Scottish Leaving Certificate Examination, 1954
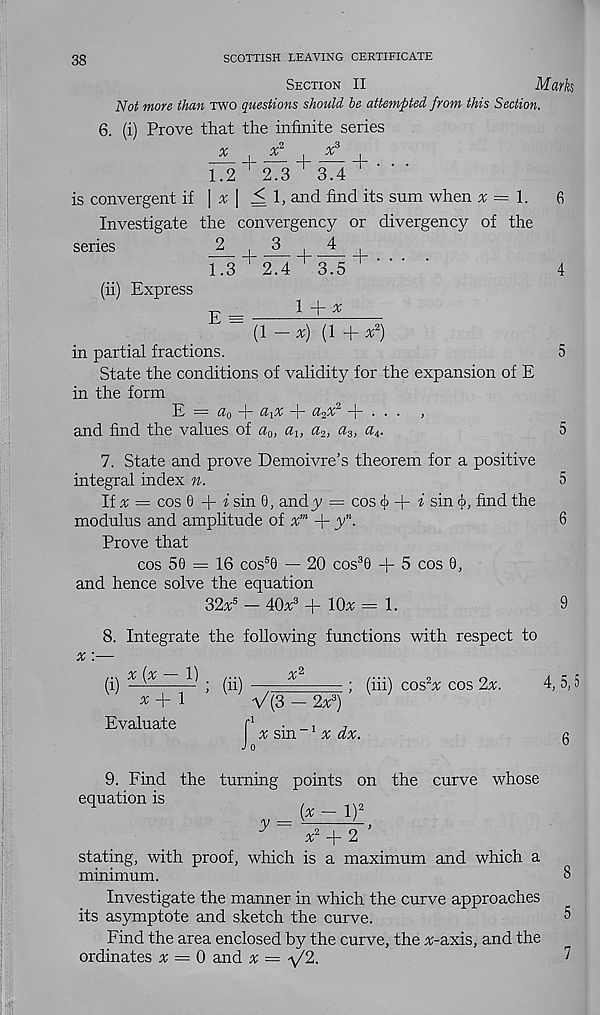
38
SCOTTISH LEAVING CERTIFICATE
Section II
Mark
Not more than two questions should he attempted from this Section.
6. (i) Prove that the infinite series
— + — + — +• • •
1.2
2.3
3.4
is convergent if \ x \ <1, and find its sum when x = l.
6
Investigate the convergency or divergency of the
series
_2
^ J3 ^ 4
1 3" r 24~r35”’’* *
4
(ii) Express
E =
1 + *
(1 — x) (1 + x 2 )
in partial fractions.
5
State the conditions of validity for the expansion of E
in the form
E
a 0 -|~ ci\X d - U2X 2 —j“ ... y
and find the values of a 0 , ai, a 2 , a 3 , « 4 .
5
7. State and prove Demoivre’s theorem for a positive
integral index n.
5
If ^ = cos G + i sin 0 ; andy = cos ^
i sin cj>, find the
modulus and amplitude of x m + y n .
6
Prove that
cos 50 = 16 cos 5 0 — 20 cos 3 0 + 5 cos 0,
and hence solve the equation
32x 5 - 40x 3 + l()x = 1.
9
8. Integrate the following functions with respect to
x
x + 1
Evaluate
(iil
: ('iii'l cos 2 % cos 2x.
[ 1 V (3 - 2x 3 )
K
’
x sm~1 x dx.
J 0
4, 5,
6
9. Find the turning points on the curve whose
equation is
,
*-l 2
y =
—,
stating, with proof, which is a maximum and which a
minimum.
Investigate the manner in which the curve approaches
its asymptote and sketch the curve.
Find the area enclosed by the curve, the x-axis, and the
ordinates x = 0 and x = y / 2.
8
5
7